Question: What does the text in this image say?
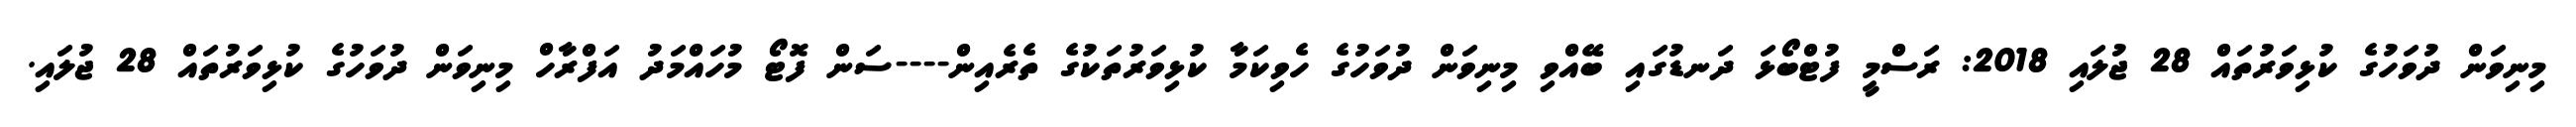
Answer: މިނިވަން ދުވަހުގެ ކުޅިވަރުތައް 28 ޖުލައި 2018: ރަސްމީ ފުޓްބޯޅަ ދަނޑުގައި ބޭއްވި މިނިވަން ދުވަހުގެ ހެވިކަމާ ކުޅިވަރުތަކުގެ ތެރެއިން----ސަން ފޮޓޯ މުހައްމަދު އަފްރާހް މިނިވަން ދުވަހުގެ ކުޅިވަރުތައް 28 ޖުލައި.